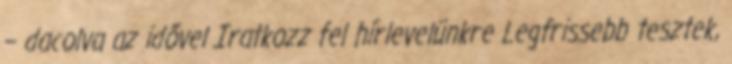
– dacolva az idővel Iratkozz fel hírlevelünkre Legfrissebb tesztek,